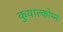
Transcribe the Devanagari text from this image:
कुयाल्कोम्म